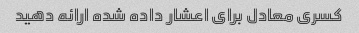
کسری معادل برای اعشار داده شده ارائه دهید